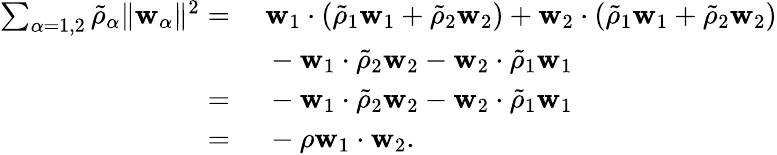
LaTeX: \begin{array}{rl}{\sum_{\alpha=1,2}\tilde{\rho}_{\alpha}\| \mathbf{w}_{\alpha}\| ^{2}=}&{~\mathbf{w}_{1}\cdot\left(\tilde{\rho}_{1}\mathbf{w}_{1}+\tilde{\rho}_{2}\mathbf{w}_{2}\right)+\mathbf{w}_{2}\cdot\left(\tilde{\rho}_{1}\mathbf{w}_{1}+\tilde{\rho}_{2}\mathbf{w}_{2}\right)}\\ &{~-\mathbf{w}_{1}\cdot\tilde{\rho}_{2}\mathbf{w}_{2}-\mathbf{w}_{2}\cdot\tilde{\rho}_{1}\mathbf{w}_{1}}\\ {=}&{~-\mathbf{w}_{1}\cdot\tilde{\rho}_{2}\mathbf{w}_{2}-\mathbf{w}_{2}\cdot\tilde{\rho}_{1}\mathbf{w}_{1}}\\ {=}&{~-\rho\mathbf{w}_{1}\cdot\mathbf{w}_{2}.}\end{array}